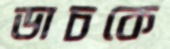
ডাচকে